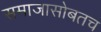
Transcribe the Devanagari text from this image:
समाजासोबतच